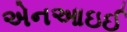
એનઆઇઈ